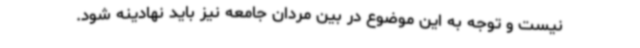
نیست و توجه به این موضوع در بین مردان جامعه نیز باید نهادینه شود.